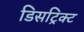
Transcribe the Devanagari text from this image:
डिसट्रिक्ट